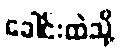
ခေါင်းထဲသို့